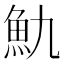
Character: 𩵍